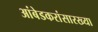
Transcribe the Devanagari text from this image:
आंबेडकरांसारख्या